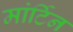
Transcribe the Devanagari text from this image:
मांर्टिन